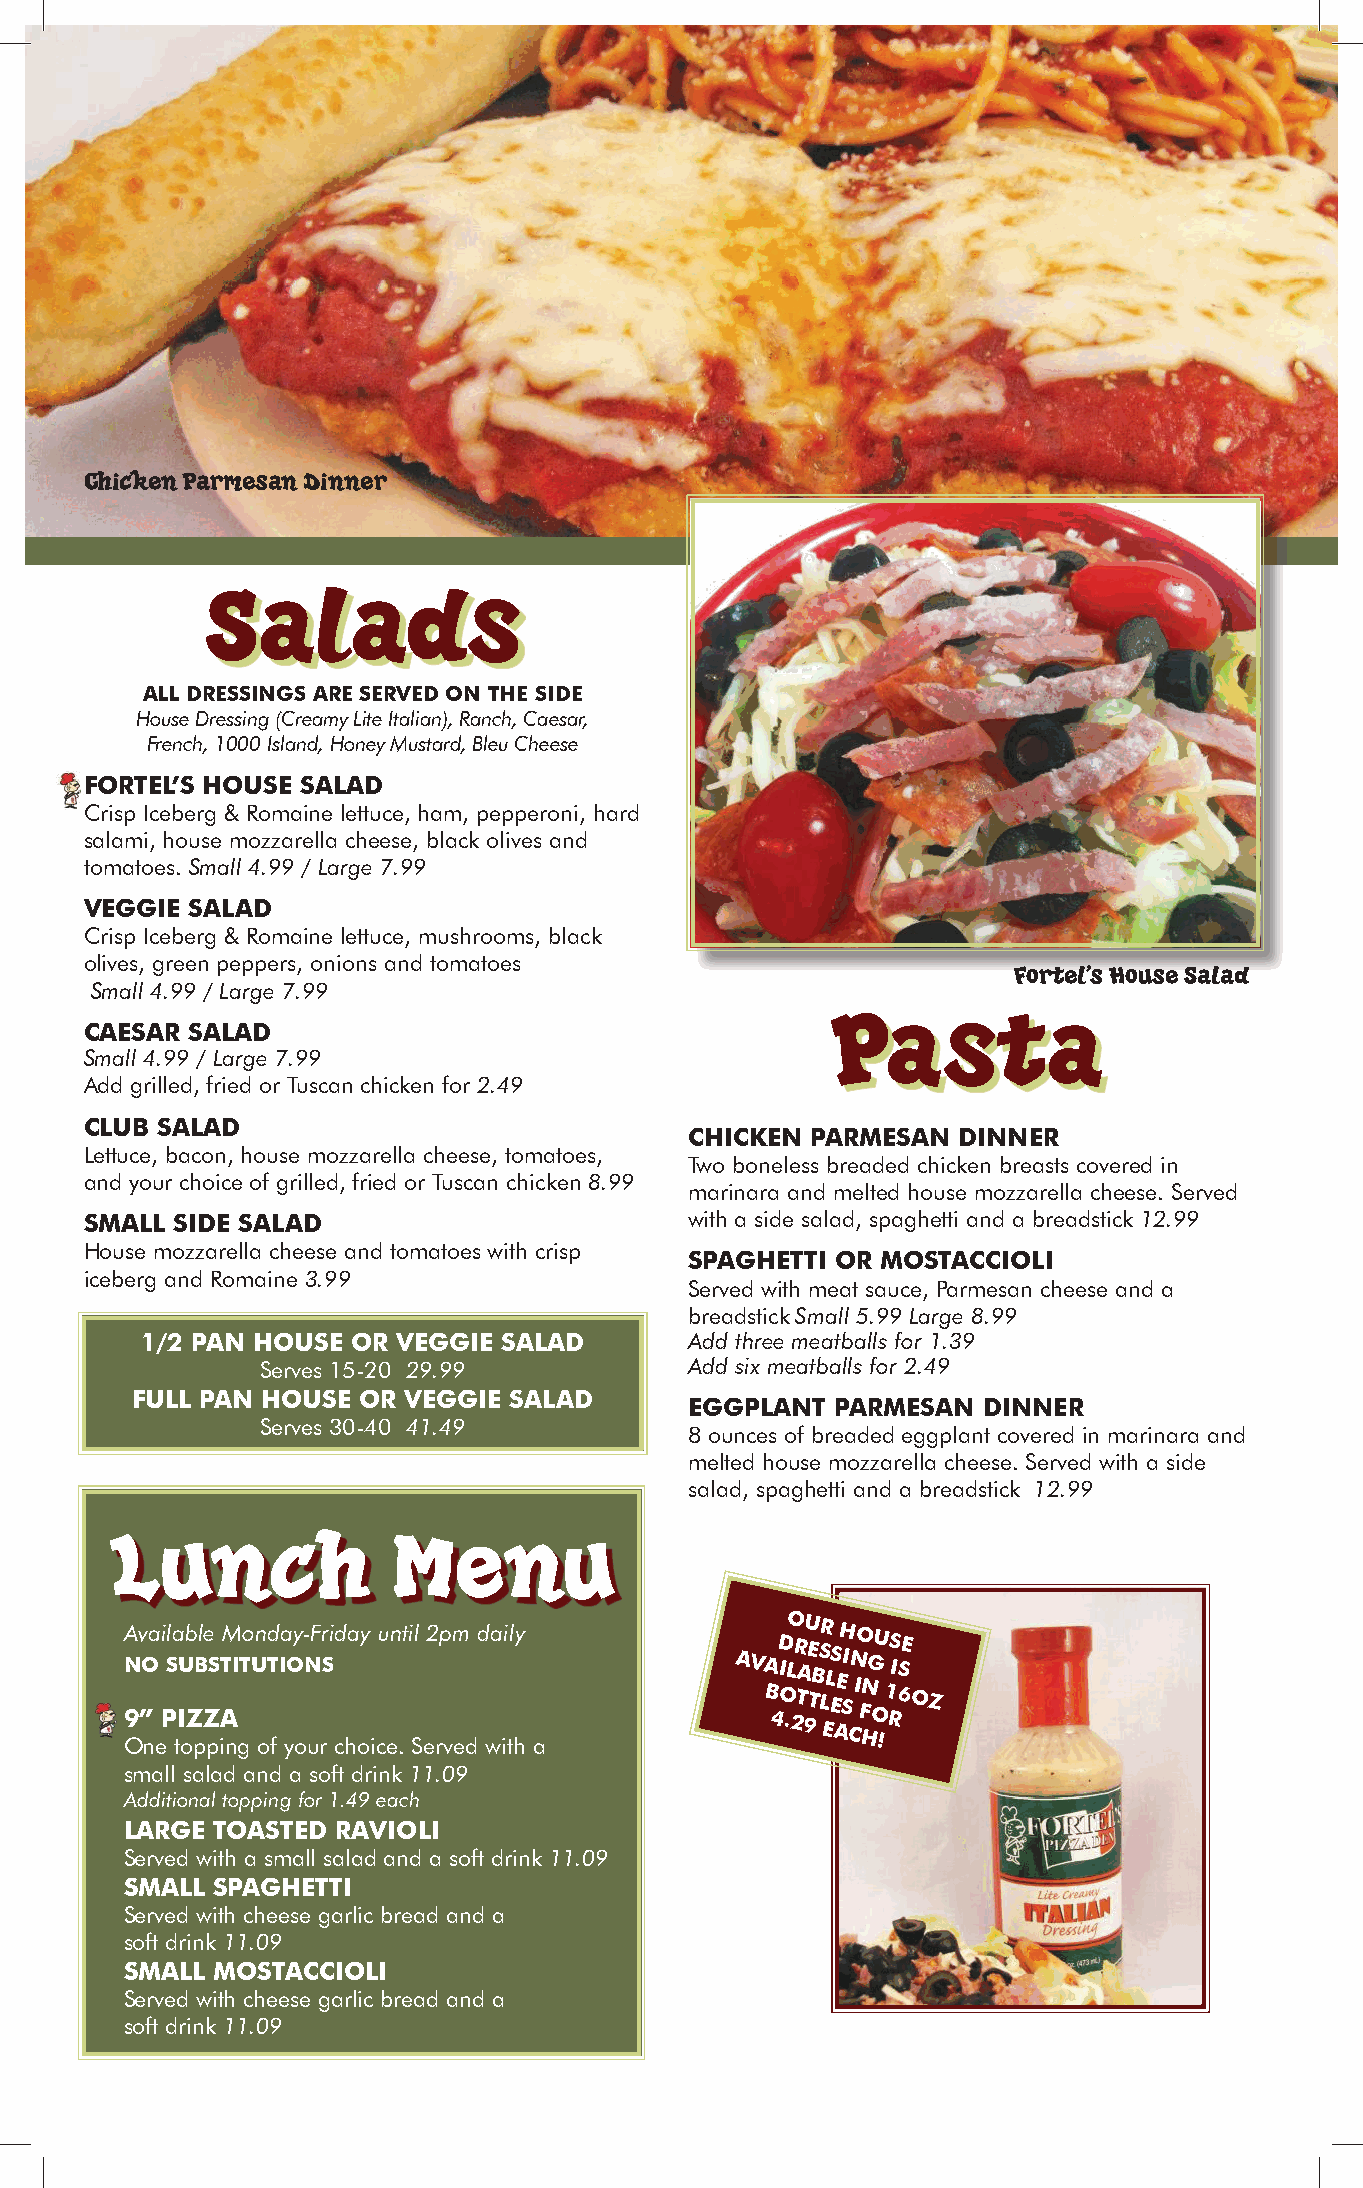
Chicken Parmesan Dinner
 Salads
 ALL DRESSINGS ARE SERVED ON THE SIDE
 House Dressing (Creamy Lite Italian), Ranch, Caesar,
 French, 1000 Island, Honey Mustard, Bleu Cheese
 FORTEL’S HOUSE SALAD
 Crisp Iceberg & Romaine lettuce, ham, pepperoni, hard
 salami, house mozzarella cheese, black olives and
 tomatoes. Small 4.99 / Large 7.99
 VEGGIE SALAD
 Crisp Iceberg & Romaine lettuce, mushrooms, black
 olives, green peppers, onions and tomatoes
 Fortel’s House Salad
 Small 4.99 / Large 7.99
 Pasta
 CAESAR SALAD
 Small 4.99 / Large 7.99
 Add grilled, fried or Tuscan chicken for 2.49
 CLUB SALAD
 CHICKEN PARMESAN DINNER
 Lettuce, bacon, house mozzarella cheese, tomatoes,
 Two boneless breaded chicken breasts covered in
 and your choice of grilled, fried or Tuscan chicken 8.99
 marinara and melted house mozzarella cheese. Served
 SMALL SIDE SALAD                        with a side salad, spaghetti and a breadstick 12.99
 House mozzarella cheese and tomatoes with crisp
 SPAGHETTI OR MOSTACCIOLI
 iceberg and Romaine 3.99
 Served with meat sauce, Parmesan cheese and a
 breadstick Small 5.99 Large 8.99
 1/2 PAN HOUSE OR VEGGIE SALAD        Add three meatballs for 1.39
 Serves 15-20 29.99           Add six meatballs for 2.49
 FULL PAN HOUSE OR VEGGIE SALAD
 EGGPLANT PARMESAN  DINNER
 Serves 30-40 41.49
 8 ounces of breaded eggplant covered in marinara and
 melted house mozzarella cheese. Served with a side
 salad, spaghetti and a breadstick 12.99
 Lunch              Menu
 A N
 9
 Ov ”O na
 e
 Pi Sl a tIU ob
 Z
 pBl Ze pS
 A
 iTM nI gTo U n oTd
 f
 Ia yOy o- N uF rSr i cd ha oy
 i
 cu en .t i Sl e2 rp vm
 ed
 d wa ii tl hy
 a
 AVA
 B
 4D I
 O
 .LO 2R TA 9U E TB S LR EL ES AEH SI CN IO
 F
 HNG OU
 !
 1
 RS IS 6E
 O Z
 small salad and a soft drink 11.09
 Additional topping for 1.49 each
 LARGE TOASTED RAVIOLI
 Served with a small salad and a soft drink 11.09
 SMALL SPAGHETTI
 Served with cheese garlic bread and a
 soft drink 11.09
 SMALL MOSTACCIOLI
 Served with cheese garlic bread and a
 soft drink 11.09